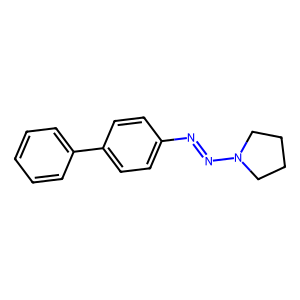
SMILES: c1ccc(-c2ccc(N=NN3CCCC3)cc2)cc1
Inhibits HIV replication: No